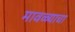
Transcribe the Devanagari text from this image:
मावळ्याचा